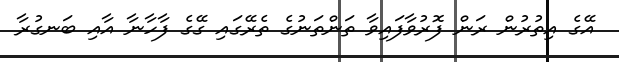
އޭގެ އިތުރުން ރަން ފޮރުވާފައިވާ ތަންތަނުގެ ތެރޭގައި ގޭގެ ފާހާނާ އާއި ބަނގުރާ